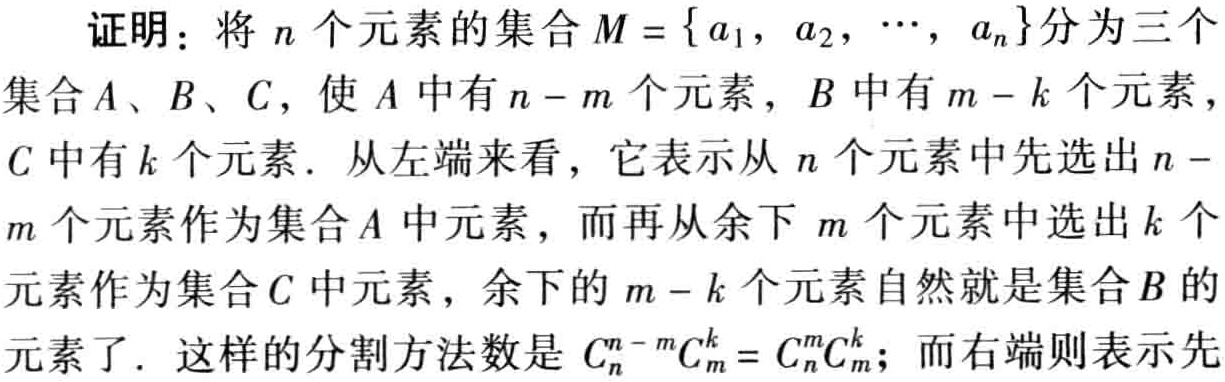
证明：将\(n\)个元素的集合\(M = \{ a_{1}, a_{2}, \cdots, a_{n}\}\)分为三个集合\(A\)、\(B\)、\(C\)，使\(A\)中有\(n - m\)个元素，\(B\)中有\(m - k\)个元素，\(C\)中有\(k\)个元素. 从左端来看，它表示从\(n\)个元素中先选出\(n - m\)个元素作为集合\(A\)中元素，而再从余下\(m\)个元素中选出\(k\)个元素作为集合\(C\)中元素，余下的\(m - k\)个元素自然就是集合\(B\)的元素了. 这样的分割方法数是\(C_{n}^{n - m}C_{m}^{k}=C_{n}^{m}C_{m}^{k}\)；而右端则表示先